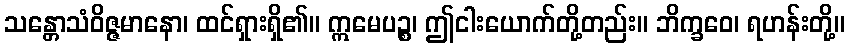
သန္တောသံဝိဇ္ဇမာနော၊ ထင်ရှားရှိ၏။ ဣမေပဉ္စ၊ ဤငါးယောက်တို့တည်း။ ဘိက္ခဝေ၊ ရဟန်းတို့။